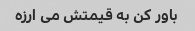
باور کن به قیمتش می ارزه